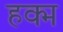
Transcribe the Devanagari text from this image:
हक्म